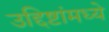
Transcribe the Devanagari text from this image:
उद्दिष्टांमध्ये